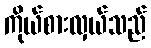
ကိုယ်စားလှယ်သည်